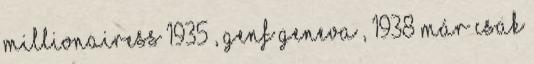
Millionairess 1935 , Genf Geneva , 1938 már csak